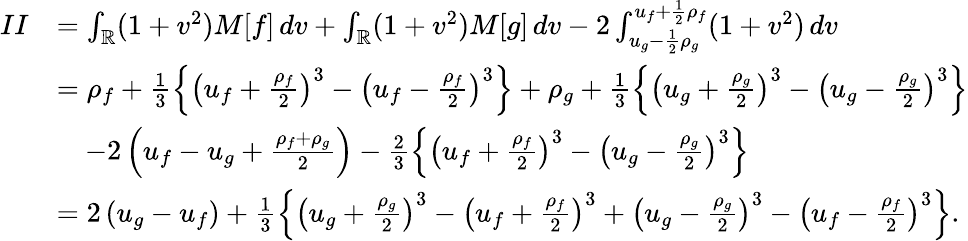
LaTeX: \begin{array}{rl}{II}&{=\int_{\mathbb{R}}(1+v^{2})M[f]\, dv+\int_{\mathbb{R}}(1+v^{2})M[g]\, dv-2\int_{u_{g}-\frac{1}{2}\rho_{g}}^{u_{f}+\frac{1}{2}\rho_{f}}(1+v^{2})\, dv}\\ &{=\rho_{f}+\frac 13\left\{ \left(u_{f}+\frac{\rho_{f}}{2}\right)^{3}-\left(u_{f}-\frac{\rho_{f}}{2}\right)^{3}\right\} +\rho_{g}+\frac 13\left\{ \left(u_{g}+\frac{\rho_{g}}{2}\right)^{3}-\left(u_{g}-\frac{\rho_{g}}{2}\right)^{3}\right\} }\\ &{\quad-2\left(u_{f}-u_{g}+\frac{\rho_{f}+\rho_{g}}{2}\right)-\frac 23\left\{ \left(u_{f}+\frac{\rho_{f}}{2}\right)^{3}-\left(u_{g}-\frac{\rho_{g}}{2}\right)^{3}\right\} }\\ &{=2\left(u_{g}-u_{f}\right)+\frac{1}{3}\left\{ \left(u_{g}+\frac{\rho_{g}}{2}\right)^{3}-\left(u_{f}+\frac{\rho_{f}}{2}\right)^{3}+\left(u_{g}-\frac{\rho_{g}}{2}\right)^{3}-\left(u_{f}-\frac{\rho_{f}}{2}\right)^{3}\right\} .}\end{array}